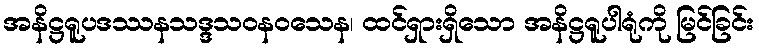
အနိဋ္ဌရူပဒဿနသဒ္ဒသဝနဝသေန၊ ထင်ရှားရှိသော အနိဋ္ဌရူပါရုံကို မြင်ခြင်း